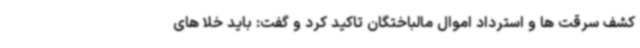
کشف سرقت ها و استرداد اموال مالباختگان تاکید کرد و گفت: باید خلا های